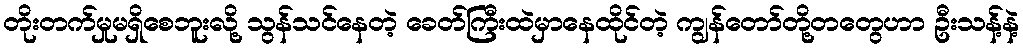
တိုးတက်မှုမရှိစေဘူးလို့ သွန်သင်နေတဲ့ ခေတ်ကြီးထဲမှာနေထိုင်တဲ့ ကျွန်တော်တို့တတွေဟာ ဦးသန့်နဲ့